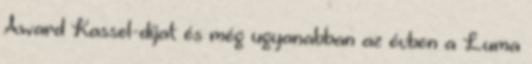
Award Kassel-díjat és még ugyanabban az évben a Luma